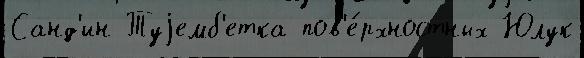
Санд'ин Туjемб'етка пов'е́рхностных Юлук